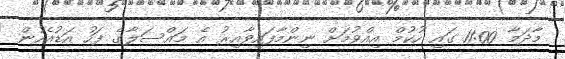
މާދަމާ 11:00 ގައި ހުކުމް އިއްވުމަށް ނިންމާފައިވާއިރު އެ މައްސަލާގެ ފަހު އަޑުއެހުން